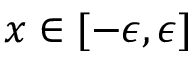
x \in [ - \epsilon , \epsilon ]